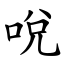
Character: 哾